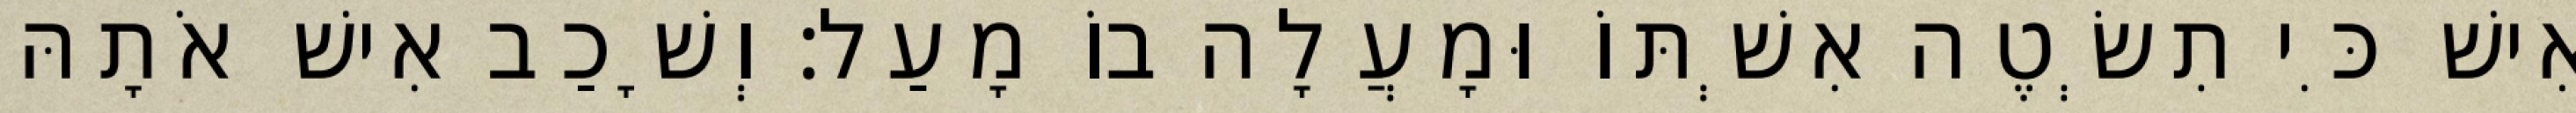
אִישׁ כִּי תִשְׂטֶה אִשְׁתּוֹ וּמָעֲלָה בוֹ מָעַל׃ וְשָׁכַב אִישׁ אֹתָהּ